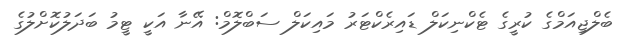
ބެލްޖިއަމްގެ ކުރީގެ ޓެކްނިކަލް ޑައިރެކްޓަރު މައިކަލް ސަބްލޮމް: އޭނާ އަކީ ޓީމު ބަދަލުކޮށްލުގެ